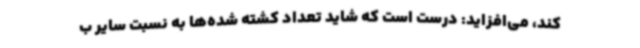
کند، می‌افزاید: درست است که شاید تعداد کشته شده‌ها به نسبت سایر ب